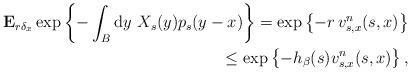
LaTeX: \begin{align*}\mathbf{E}_{r\delta_{x}}\exp\left\{-\int_{B}\mathrm{d}y\ X_{s}(y)p_{s}(y-x)\right\}=\exp\left\{-r\,v_{s,x}^{n}(s,x)\right\} \\\leq\exp\left\{-h_{\beta}(s)v_{s,x}^{n}(s,x)\right\}, \end{align*}